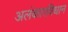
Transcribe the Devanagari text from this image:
अलंकारविधान